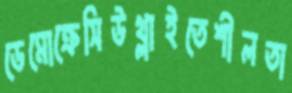
ডেমোক্রেসিউথ্‌লাইতেশীলতা